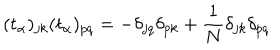
LaTeX: ( t _ { \alpha } ) _ { j k } ( t _ { \alpha } ) _ { p q } = - \delta _ { j q } \delta _ { p k } + \frac { 1 } { N } \delta _ { j k } \delta _ { p q }